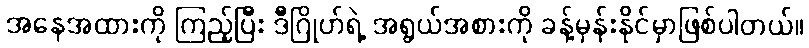
အနေအထားကို ကြည့်ပြီး ဒီဂြိုဟ်ရဲ့ အရွယ်အစားကို ခန့်မှန်းနိုင်မှာဖြစ်ပါတယ်။